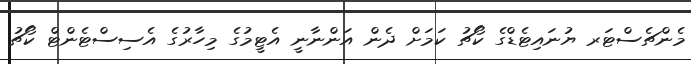
މެންޗެސްޓަރ ޔުނައިޓެޑްގެ ކޯޗު ކަމަށް ދެން އަންނާނީ އެޓީމުގެ މިހާރުގެ އެސިސްޓެންޓް ކޯޗު